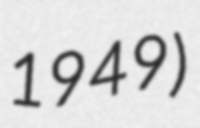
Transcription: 1949)